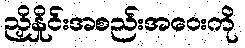
ညှိနှိုင်းအစည်းအဝေးကို